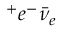
^ + e ^ { - } \bar { \nu } _ { e }